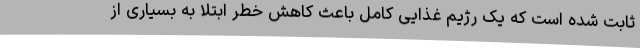
ثابت شده است که یک رژیم غذایی کامل باعث کاهش خطر ابتلا به بسیاری از